Indian journal of veterinary science and animal husbandry - Volume 2,
Year: 1932
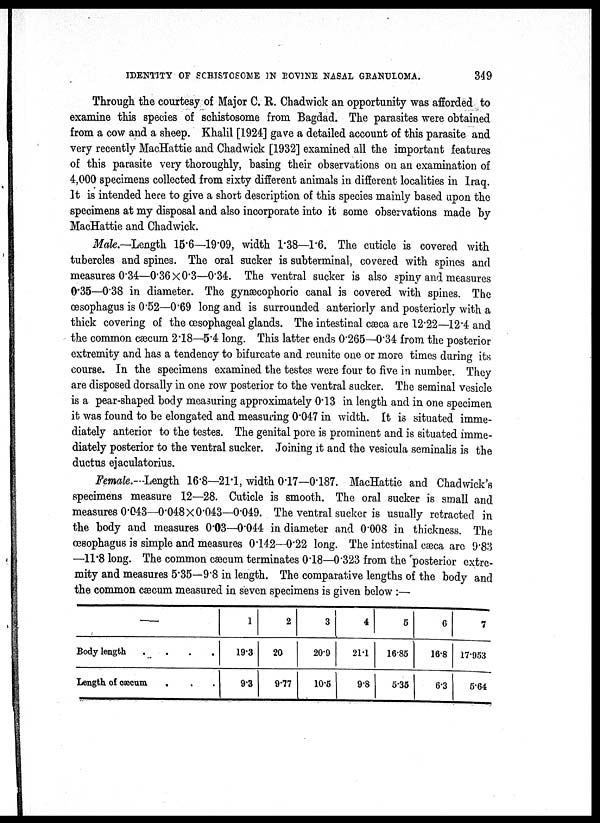
IDENTITY OF SCHISTOSOME IN BOVINE NASAL GRANULOMA.
349
Through the courtesy of Major C. R. Chadwick an opportunity was afforded to
examine this species of schistosome from Bagdad. The parasites were obtained
from a cow and a sheep. Khalil [1924] gave a detailed account of this parasite and
very recently MacHattie and Chadwick [1932] examined all the important features
of this parasite very thoroughly, basing their observations on an examination of
4,000 specimens collected from sixty different animals in different localities in Iraq.
It is intended here to give a short description of this species mainly based upon the
specimens at my disposal and also incorporate into it some observations made by
MacHattie and Chadwick.
Male.—Length 15.6—19.09, width 1.38—1.6. The cuticle is covered with
tubercles and spines. The oral sucker is subterminal, covered with spines and
measures 0.34—0.36×0.3—0.34. The ventral sucker is also spiny and measures
0.35—0.38 in diameter. The gynæcophoric canal is covered with spines. The
œsophagus is 0.52—0.69 long and is surrounded anteriorly and posteriorly with a
thick covering of the œsophageal glands. The intestinal cæca are 12.22—12.4 and
the common cæcum 2.18—5.4 long. This latter ends 0.265—0.34 from the posterior
extremity and has a tendency to bifurcate and reunite one or more times during its
course. In the specimens examined the testes were four to five in number. They
are disposed dorsally in one row posterior to the ventral sucker. The seminal vesicle
is a pear-shaped body measuring approximately 0.13 in length and in one specimen
it was found to be elongated and measuring 0.047 in width. It is situated imme-
diately anterior to the testes. The genital pore is prominent and is situated imme-
diately posterior to the ventral sucker. Joining it and the vesicula seminalis is the
ductus ejaculatorius.
Female.—Length 16.8—21.1, width 0.17—0.187. MacHattie and Chadwick's
specimens measure 12—28. Cuticle is smooth. The oral sucker is small and
measures 0.043—0.048×0.043—0.049. The ventral sucker is usually retracted in
the body and measures 0.03—0.044 in diameter and 0.008 in thickness. The
œsophagus is simple and measures 0.142—0.22 long. The intestinal cæca are 9.83
—11.8 long. The common cæcum terminates 0.18—0.323 from the posterior extre-
mity and measures 5.35—9.8 in length. The comparative lengths of the body and
the common cæcum measured in seven specimens is given below :—
—
Body length
....
Length of cæcum.
1
19.3
9.3
2
20
9.77
3
20.9
10.5
4
21.1
9.8
5
16.85
5.35
6
16.8
6.3
7
17.953
5.64